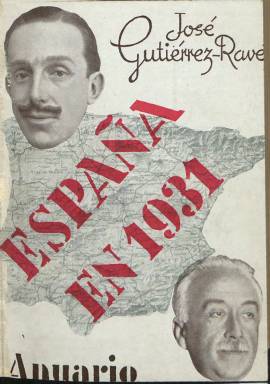
Título: España en ...
Colección: Historia
Ámbito geográfico: Madrid
Lugar de publicación: Madrid
Fechas: 01/01/1931-31/12/1932

Anuario redactado por el periodista y escritor José Gutiérrez-Ravé que tiene la virtud de ser un relato pormenorizado de hechos y sucesos, una crónica imparcial sin ningún tipo de orientación política de unos años clave de la Historia de España. Sólo aparecieron dos anuarios, los correspondientes a 1931 y a 1932, ambos con más de 500 páginas de información.

    En la presentación del primer anuario, Gurtiérrez-Ravé dejaba claras sus intenciones: “Este no es, ni debe ser un libro de tendencia partidista de ninguna clase, ya que se trata de una modesta crónica anual de la vida española. Hemos cuidado, pues, de no emitir comentario propio a los hechos reseñados, y sin que jamás ocultemos, en otros lugares, nuestros ideales y significación, aspiramos a que este Anuario y los sucesivos sean totalmente imparciales y mera reproducción de sucesos que puedan servir de guía a quienes en el futuro deseen estudiar los periodos históricos que abarcan.”

   Gutiérrez-Ravé era en efecto un periodista monárquico de ideología conservadora, pero su anuario fue en general  recibido con críticas positivas desde casi todos los sectores al estar redactado sin apasionamiento, algo difícil de conseguir en un atmosfera política tan polarizada como las de esos turbulentos años.

   El anuario estaba organizado por meses y constaba de un índice pormenorizado donde poder encontrar los hechos más destacados. Antes del índice, el anuario de 1931 incluía el texto íntegro de la Constitución recién aprobada y una lista del cuerpo diplomático extranjero acreditado en Madrid.

 La portada del anuario de 1931 contaba con las efigies de Alfonso XIII,  rey hasta el 14 de abril en que se proclamó la República, y la de Niceto Alcalá-Zamora, presidente del Gobierno provisional y luego primer presidente de la II República.

   En la portada del anuario de 1932 figuraban dos edificios, el  santuario de Loyola y el palacio donde quedó instalado el Parlamento catalán, pues a juicio del autor la disolución de la Compañía de Jesús y la aprobación del Estatuto de Cataluña, junto con la Reforma Agraria, eran los hechos más sobresalientes del año.

    Lo que sobrecoge al leer estos anuarios es cómo la sociedad española se había acostumbrado a la violencia, pues es un goteo constante la relación de muertos y heridos en manifestaciones, huelgas, algaradas, enfrentamientos e incidentes de todo tipo.

   José Gutiérrez-Ravé, que había nacido en 1897, disfrutó de una larga vida. Murió con 95 años y pudo vivir la restauración de la democracia en España, siendo miembro del consejo político fundador de Renovación Española, partido que acabó fusionándose dentro de Alianza Popular. Entre los libros que escribió destaca el “Diccionario histórico de la guerra de liberación de España, 1936-1939, y Gil Robles, caudillo frustrado”.

[Descripción publicada el 7/2/2020]